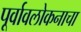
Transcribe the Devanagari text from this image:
पूर्वावलोकनाचा